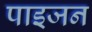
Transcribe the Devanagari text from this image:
पाइजन